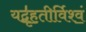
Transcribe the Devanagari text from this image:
यद्बृ॑ह॒तीर्विश्वं॒